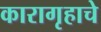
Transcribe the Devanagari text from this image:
कारागृहाचे